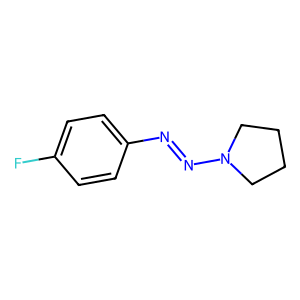
SMILES: Fc1ccc(N=NN2CCCC2)cc1
Inhibits HIV replication: No